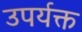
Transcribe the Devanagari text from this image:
उपर्यक्त